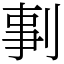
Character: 剚